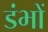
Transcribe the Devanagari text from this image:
डंभों